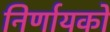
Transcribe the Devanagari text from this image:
निर्णायको